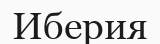
Иберия